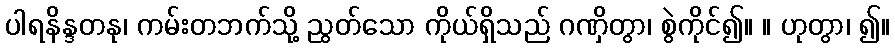
ပါရနိန္ဒတနု၊ ကမ်းတဘက်သို့ ညွတ်သော ကိုယ်ရှိသည် ဂဏှိတွာ၊ စွဲကိုင်၍။ ။ ဟုတွာ၊ ၍။